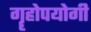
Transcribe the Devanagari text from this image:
गॄहोपयोगी